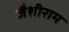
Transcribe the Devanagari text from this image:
जैशीराम